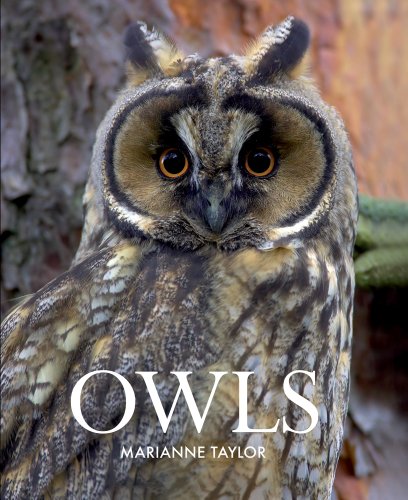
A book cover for Owls; Marianne Taylor; Sports & Outdoors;